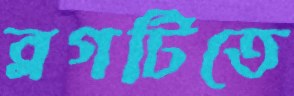
ব্লগটিতে